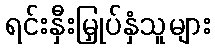
ရင်းနှီးမြှုပ်နှံသူများ